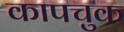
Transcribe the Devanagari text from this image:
कापचुक